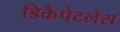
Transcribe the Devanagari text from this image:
डिकैपेटलेस